Indian journal of veterinary science and animal husbandry - Volumes 18-21, 1948-1951
Year: 1948
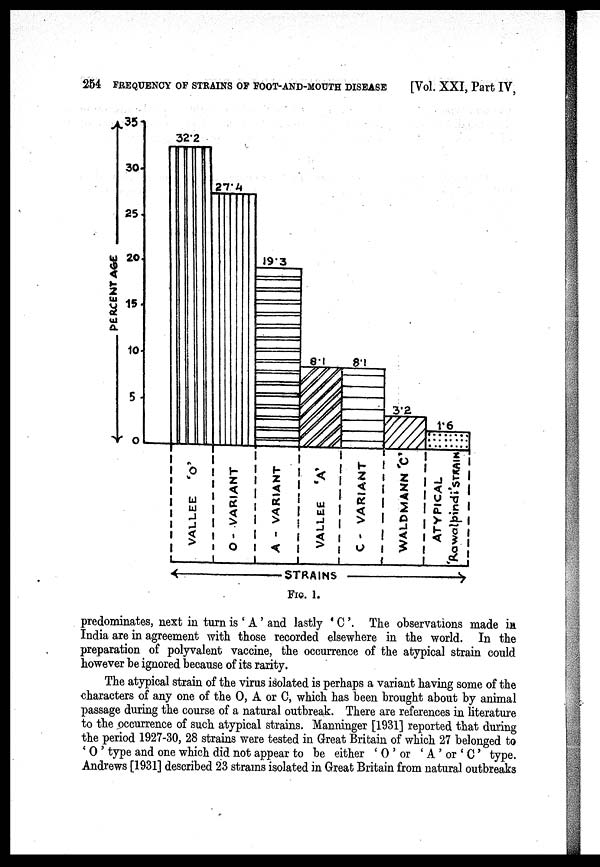
254 FREQUENCY OF STRAINS OF FOOT-AND-MOUTH DISEASE
[Vol. XXI, Part IV,
FIG. 1.
predominates, next in turn is 'A' and lastly 'C'. The observations made in
India are in agreement with those recorded elsewhere in the world. In the
preparation of polyvalent vaccine, the occurrence of the atypical strain could
however be ignored because of its rarity.
The atypical strain of the virus isolated is perhaps a variant having some of the
characters of any one of the O, A or C, which has been brought about by animal
passage during the course of a natural outbreak. There are references in literature
to the occurrence of such atypical strains. Manninger [1931] reported that during
the period 1927-30, 28 strains were tested in Great Britain of which 27 belonged to
'O' type and one which did not appear to be either 'O' or 'A' or 'C' type.
Andrews [1931] described 23 strains isolated in Great Britain from natural outbreaks